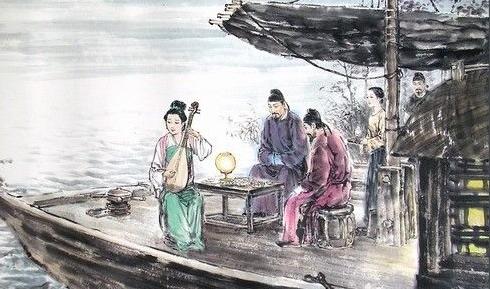
浔阳江头夜送客，枫叶荻花秋瑟瑟。